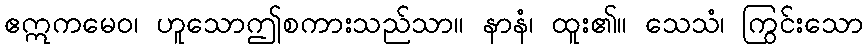
ဧဣကမေဝ၊ ဟူသောဤစကားသည်သာ။ နာနံ၊ ထူး၏။ သေသံ၊ ကြွင်းသော